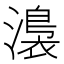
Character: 𭲰